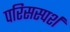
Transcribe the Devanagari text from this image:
परिसस्पर्श